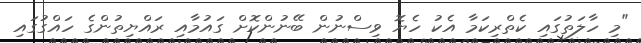
"މި ހާލަތުގައި ކެތްރިކަމާ އެކު ހެޔޮ ވިސްނުން ބޭނުންކޮށް ގައުމާއި ރައްޔިތުންގެ ހައްގުގައި